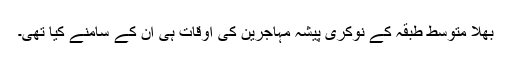
بھلا متوسط طبقہ کے نوکری پیشہ مہاجرین کی اوقات ہی ان کے سامنے کیا تھی۔